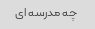
چه مدرسه ای